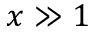
x \gg 1